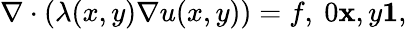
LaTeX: \begin{array}{r}{\nabla\cdot(\lambda(x,y)\nabla u(x,y))=f,~0\le x,y\le 1,}\end{array}